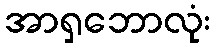
အာရှဘောလုံး